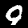
Label: 9